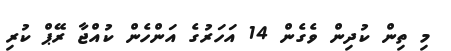
މި ތިން ކުދިން ވެގެން 14 އަހަރުގެ އަންހެން ކުއްޖާ ރޭޕް ކުރި